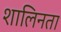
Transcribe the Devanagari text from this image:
शालिनता